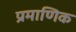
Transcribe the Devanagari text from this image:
प्रमाणिक